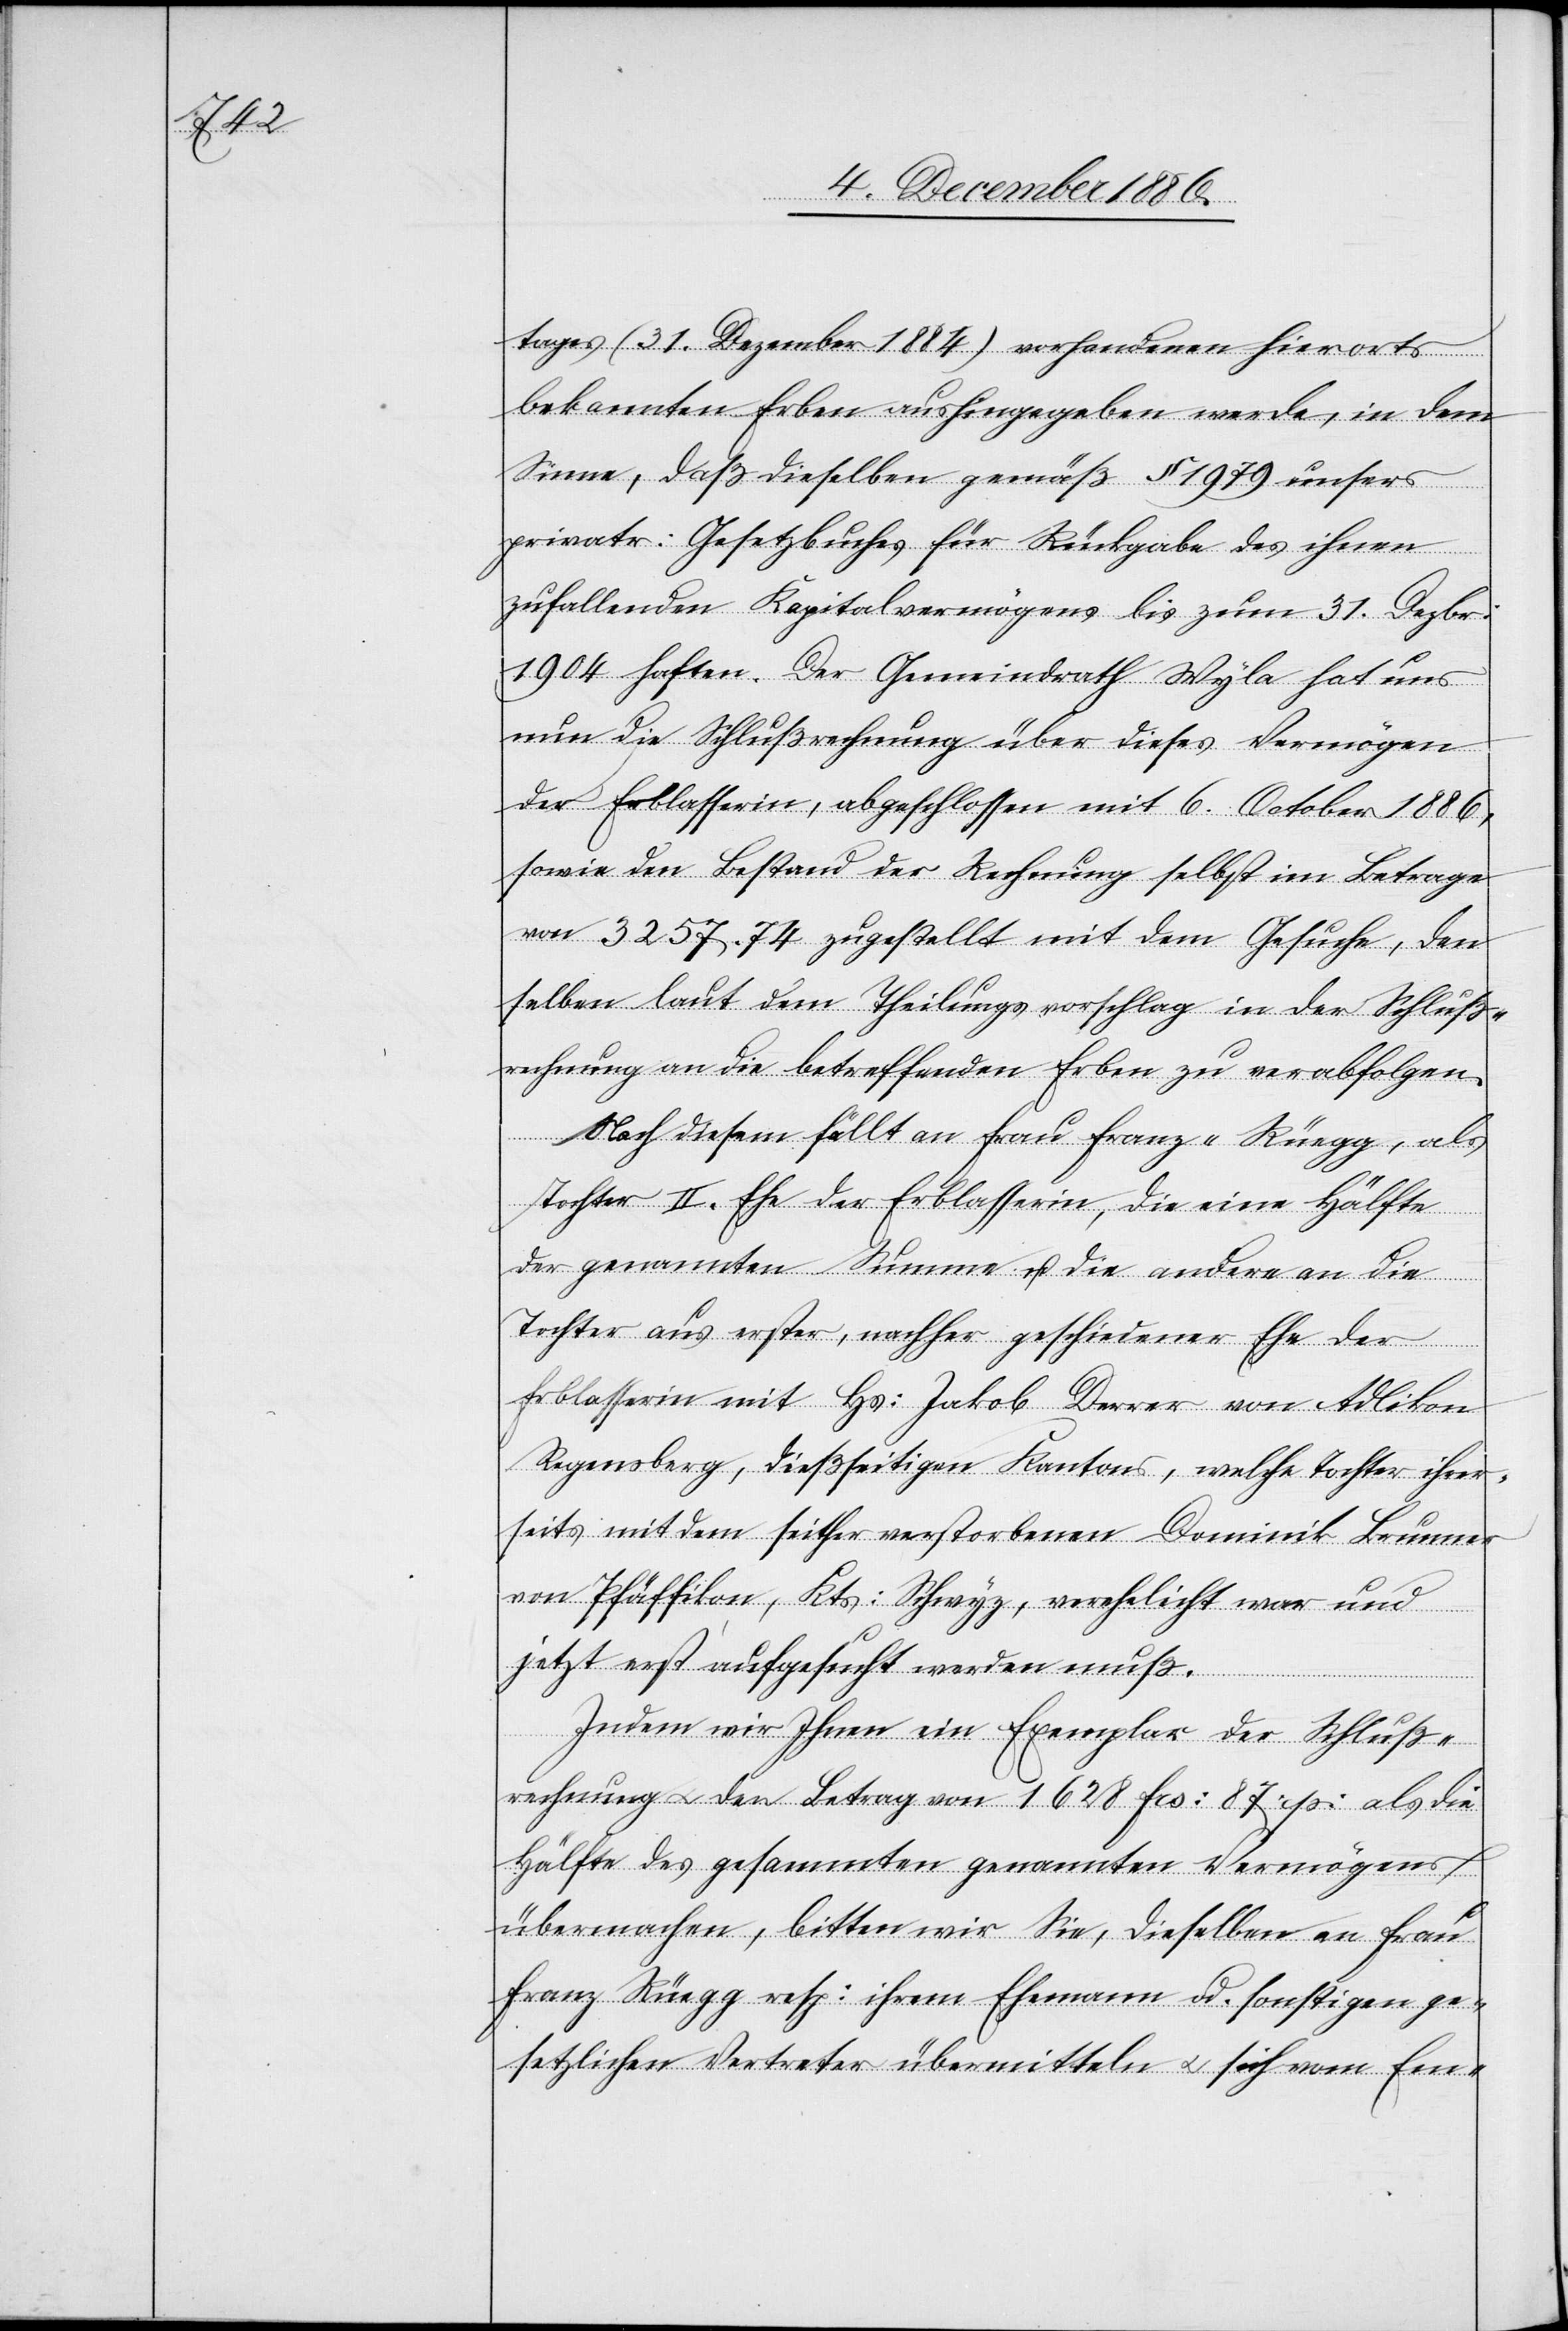
tages (31. Dezember 1884) vorhandenen hierorts
bekannten Erben aushingegeben werde, in dem
Sinne, daß dieselben gemäß § 1879 unsers
privatr. Gesetzbuches für Rückgabe des ihnen
zufallenden Kapitalvermögens bis zum 31. Dezbr.
1904 haften. Der Gemeindrath Wyla hat uns
nun die Schlußrechnung über dieses Vermögen
der Erblasserin, abgeschlossen mit 6. October 1886,
sowie den Bestand der Rechnung selbst im Betrage
von 3257.74 zugestellt mit dem Gesuche, den
selben laut dem Theilungsvorschlag in der Schluß¬
rechnung an die betreffenden Erben zu verabfolgen.
Nach diesem fällt an Frau Franz-Rüegg, als
Tochter II. Ehe der Erblasserin, die eine Hälfte
der genannten Summe u. die andere an die
Tochter aus erster, nachher geschiedener Ehe der
Erblasserin mit Hs. Jakob Derrer von Adlikon
Regensberg, dießseitigen Kantons, welche Tochter ihrer¬
seits mit dem seither verstorbenen Dominik Brunner
von Pfäffikon, Kts. Schwyz, verehelicht war und
jetzt erst aufgesucht werden muß.
Indem wir Ihnen ein Exemplar der Schluß¬
rechnung & den Betrag von 1 628 Frs. 87 Rp. als die
Hälfte des gesammten genannten Vermögens
übermachen, bitten wir Sie, dieselben an Frau
Franz Rüegg resp. ihrem Ehemann od. sonstigen ge¬
setzlichen Vertreter übermitteln & sich vom Em-